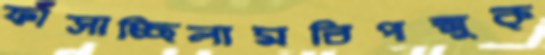
ফাঁসাচ্ছিলামবিপন্মুক্